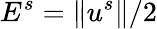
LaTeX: E^{s}=\| u^{s}\| /2